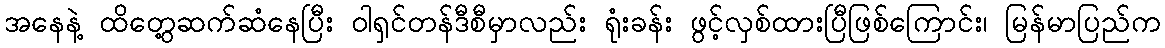
အနေနဲ့ ထိတွေ့ဆက်ဆံနေပြီး ဝါရှင်တန်ဒီစီမှာလည်း ရုံးခန်း ဖွင့်လှစ်ထားပြီဖြစ်ကြောင်း၊ မြန်မာပြည်က